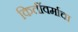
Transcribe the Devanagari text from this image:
किर्तीवर्माचा